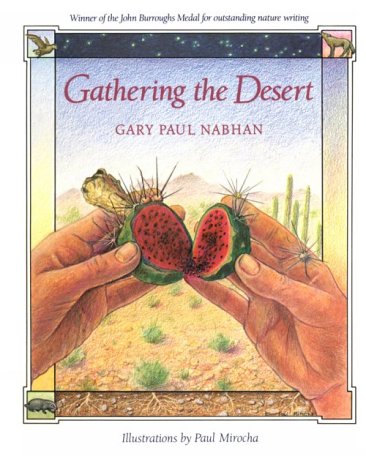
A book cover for Gathering the Desert; Gary Paul Nabhan; Crafts, Hobbies & Home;